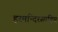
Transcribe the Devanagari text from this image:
हरमन्दिरसाहिब